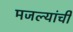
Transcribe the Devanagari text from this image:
मजल्यांची